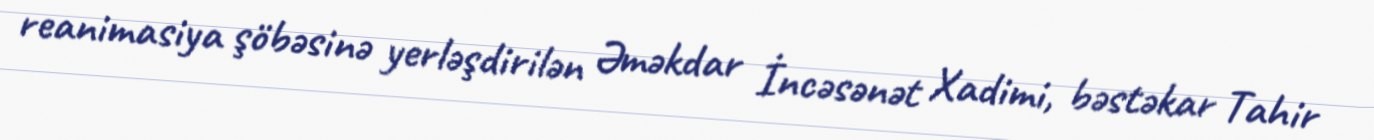
reanimasiya şöbəsinə yerləşdirilən Əməkdar İncəsənət Xadimi, bəstəkar Tahir